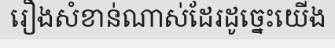
រឿងសំខាន់ណាស់ដែរដូច្នេះយើង